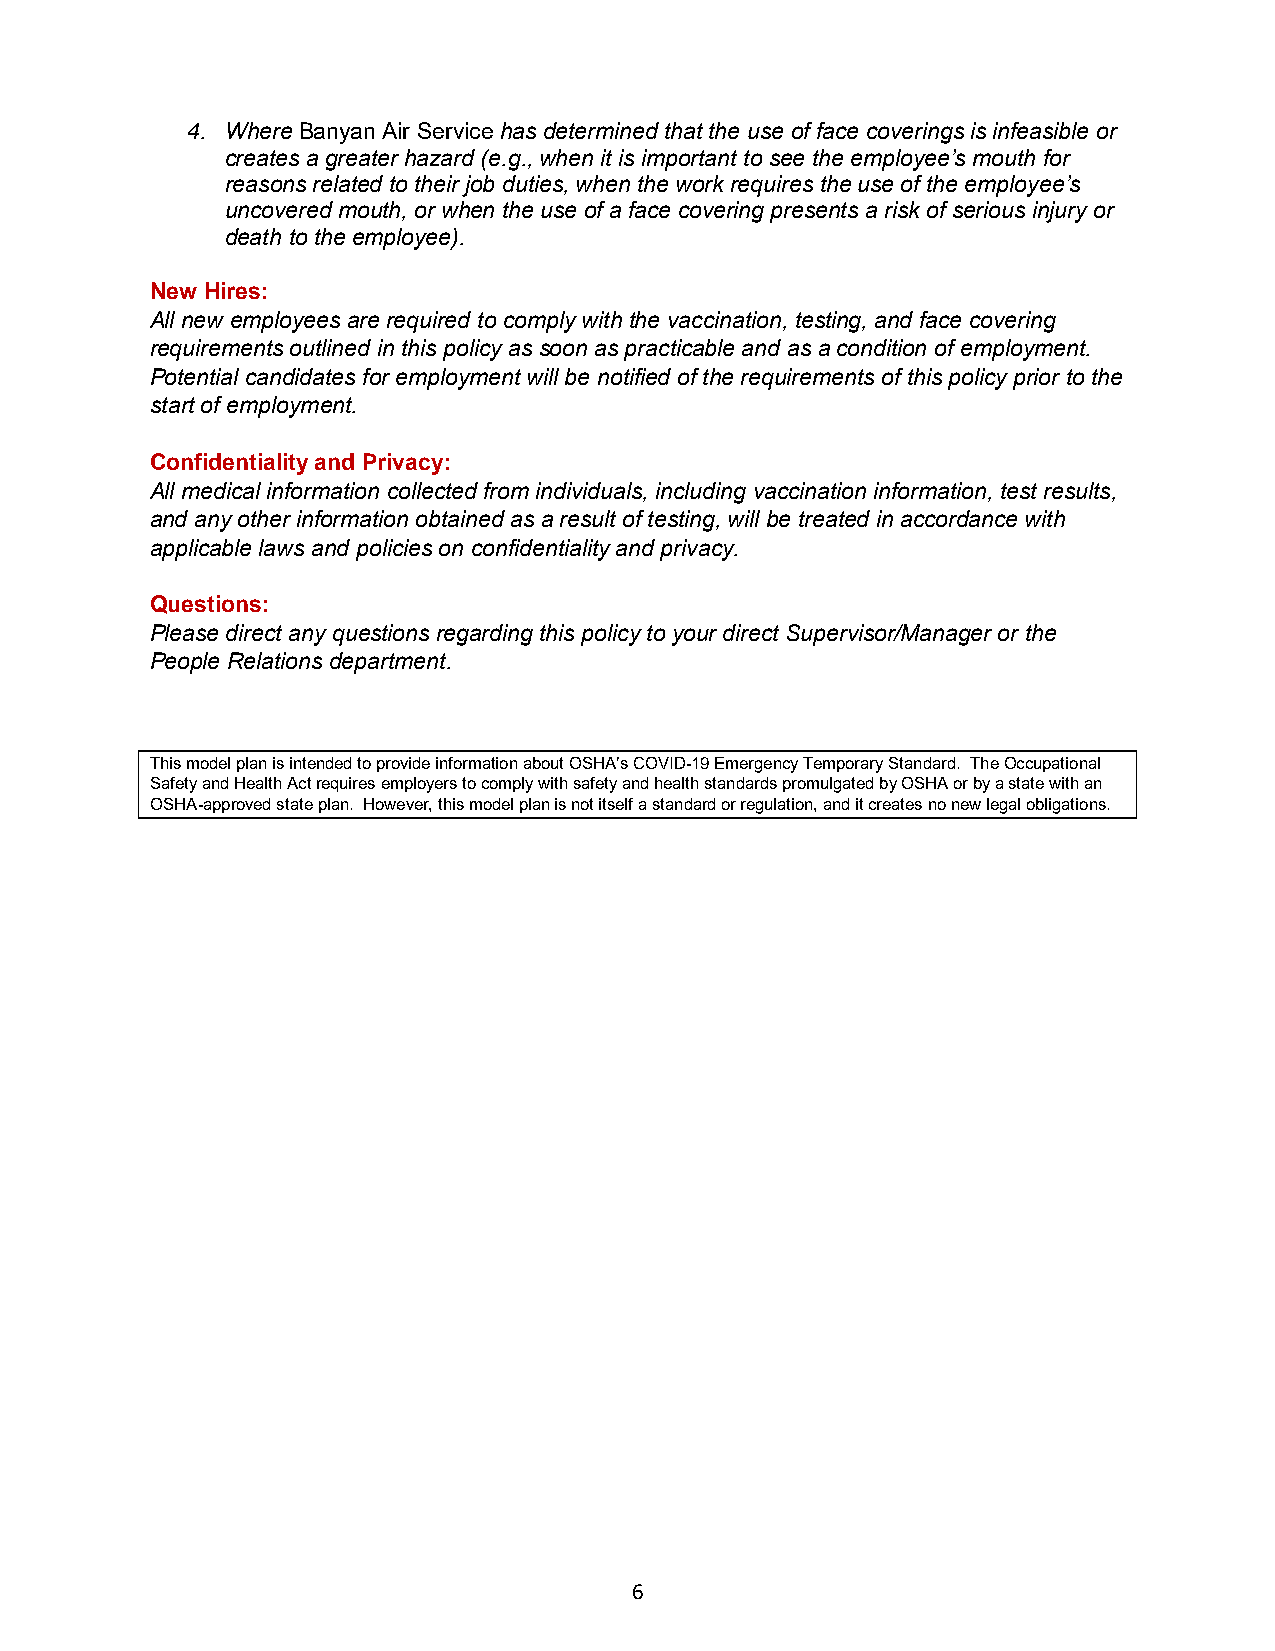
4. Where Banyan Air Service has determined that the use of face coverings is infeasible or
 creates a greater hazard (e.g., when it is important to see the employee’s mouth for
 reasons related to their job duties, when the work requires the use of the employee’s
 uncovered mouth, or when the use of a face covering presents a risk of serious injury or
 death to the employee).
 New Hires:
 All new employees are required to comply with the vaccination, testing, and face covering
 requirements outlined in this policy as soon as practicable and as a condition of employment.
 Potential candidates for employment will be notified of the requirements of this policy prior to the
 start of employment.
 Confidentiality and Privacy:
 All medical information collected from individuals, including vaccination information, test results,
 and any other information obtained as a result of testing, will be treated in accordance with
 applicable laws and policies on confidentiality and privacy.
 Questions:
 Please direct any questions regarding this policy to your direct Supervisor/Manager or the
 People Relations department.
 This model plan is intended to provide information about OSHA’s COVID-19 Emergency Temporary Standard. The Occupational
 Safety and Health Act requires employers to comply with safety and health standards promulgated by OSHA or by a state with an
 OSHA-approved state plan. However, this model plan is not itself a standard or regulation, and it creates no new legal obligations.
 6